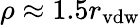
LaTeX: \rho\approx 1.5r_{\mathrm{vdw}}